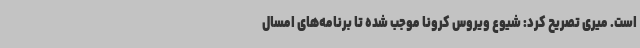
است. میری تصریح کرد: شیوع ویروس کرونا موجب شده تا برنامه‌های امسال